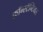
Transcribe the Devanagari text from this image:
कॉन्स्टॅन्टियस